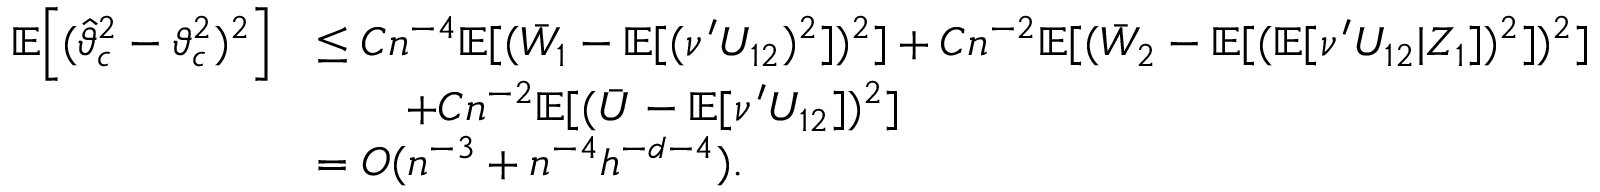
\begin{array} { r l } { \mathbb { E } \Big [ ( \widehat { \vartheta } _ { \mathfrak { c } } ^ { 2 } - \vartheta _ { \mathfrak { c } } ^ { 2 } ) ^ { 2 } \Big ] } & { \leq C n ^ { - 4 } \mathbb { E } [ ( \bar { W } _ { 1 } - \mathbb { E } [ ( \nu ^ { \prime } U _ { 1 2 } ) ^ { 2 } ] ) ^ { 2 } ] + C n ^ { - 2 } \mathbb { E } [ ( \bar { W } _ { 2 } - \mathbb { E } [ ( \mathbb { E } [ \nu ^ { \prime } U _ { 1 2 } | Z _ { 1 } ] ) ^ { 2 } ] ) ^ { 2 } ] } \\ & { \qquad + C n ^ { - 2 } \mathbb { E } [ ( \bar { U } - \mathbb { E } [ \nu ^ { \prime } U _ { 1 2 } ] ) ^ { 2 } ] } \\ & { = O ( n ^ { - 3 } + n ^ { - 4 } h ^ { - d - 4 } ) . } \end{array}